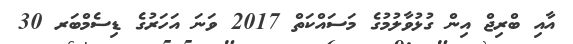
އާއި ބްރިޖް އިން ގުޅުވާލުމުގެ މަސައްކަތް 2017 ވަނަ އަހަރުގެ ޑިސެމްބަރ 30